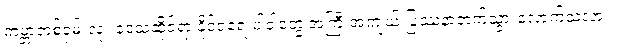
ကမ္ဘာတစ်ဝှမ်းလုံး ဒေသဆိုင်ရာ နိုင်ငံရေးပါဝါတွေ အကြီးအကျယ် ပြဿနာတက်သွားလောက်သလား။